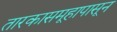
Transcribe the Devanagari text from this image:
तारकासमूहापासून